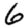
Digit: 6